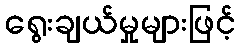
ရွေးချယ်မှုများဖြင့်